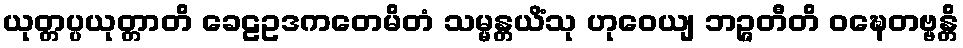
ယုတ္တပ္ပယုတ္တာတိ ခေဠဥဒကတေမိတံ သမ္မန္တယိံသု ဟုဝေယျ ဘဉ္ဇတီတိ ဝဍ္ဎေတဗ္ဗန္တိ